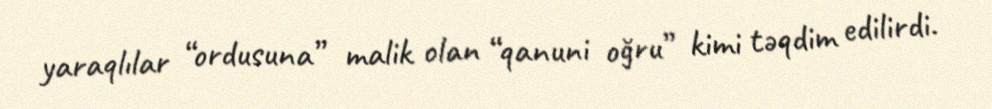
yaraqlılar “ordusuna” malik olan “qanuni oğru” kimi təqdim edilirdi.